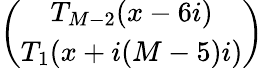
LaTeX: \left(\begin{array}{c}{{T_{M-2}(x-6i)}}\\ {{T_{1}(x+i(M-5)i)}}\end{array}\right)